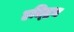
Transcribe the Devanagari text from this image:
हल्द्रिच